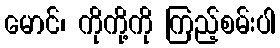
မောင်၊ ကိုကို့ကို ကြည့်စမ်းပါ